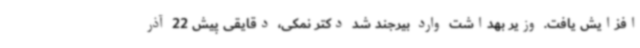
افزایش یافت. وزیر بهداشت وارد بیرجند شد دکتر نمکی، دقایقی پیش 22 آذر